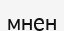
мнен